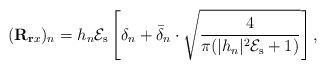
LaTeX: \begin{align*}(\mathbf{R}_{\mathbf{r}x})_n=h_n \mathcal{E}_\mathrm{s} \left[\delta_n+\bar{\delta}_n\cdot\sqrt{\frac{4}{\pi(|h_n|^2\mathcal{E}_\mathrm{s}+1)}}\right],\end{align*}